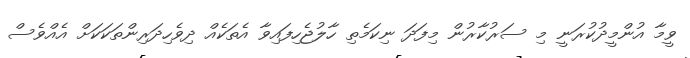
ވީމާ އުންމީދުކުރަނީ މި ސަރުކާރުން މިފަދަ ނިކަމެތި ހާލުޖެހިފައިވާ އެތަކެއް ދިވެހިދަރިންތަކަކަށް އެއްވެސް